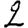
Digit: 2